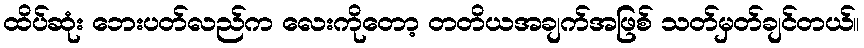
ထိပ်ဆုံး ဘေးပတ်လည်က လေးကိုတော့ တတိယအချက်အဖြစ် သတ်မှတ်ချင်တယ်။